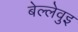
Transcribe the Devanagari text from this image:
बेल्लेवुइ